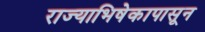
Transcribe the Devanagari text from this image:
राज्याभिषेकापासून